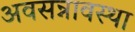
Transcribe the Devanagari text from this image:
अवसन्नावस्था